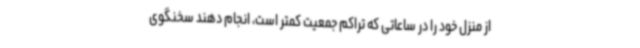
از منزل خود را در ساعاتی که تراکم جمعیت کمتر است، انجام دهند سخنگوی